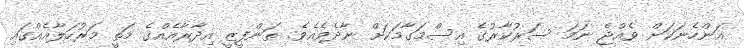
އަންހެނަކަށް ވެއްޖެ ނަމަ ސަރުކާރުގެ އިސްމަގާމަކަށް ނާދެވެއެވެ. ތަންފީޒީ އިދާރާއެއްގެ މަތީ މަރުހަލާއެއްގައި